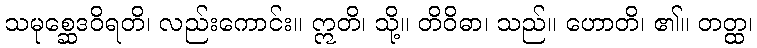
သမုစ္ဆေဒဝိရတိ၊ လည်းကောင်း။ ဣတိ၊ သို့။ တိဝိဓာ၊ သည်။ ဟောတိ၊ ၏။ တတ္ထ၊